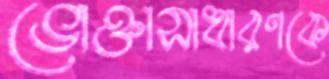
ভোক্তাসাধারণকে